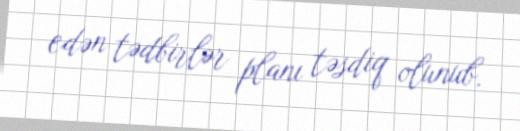
edən tədbirlər planı təsdiq olunub.